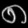
Digit: ၈